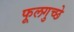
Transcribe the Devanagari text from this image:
फूलगुच्छे